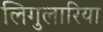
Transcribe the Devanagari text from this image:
लिगुलारिया